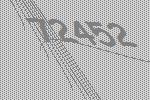
72452